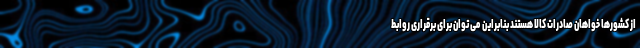
از کشورها خواهان صادرات کالا هستند بنابراین می توان برای برقراری روابط